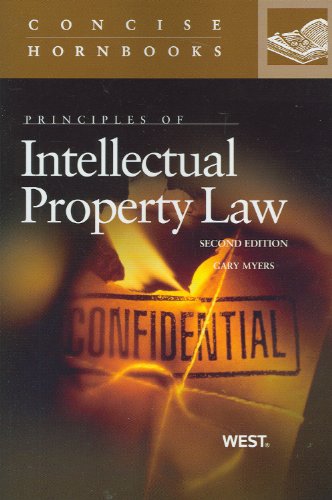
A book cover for Principles of Intellectual Property Law (Concise Hornbook Series); Gary Myers; Law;